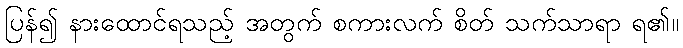
ပြန်၍ နားထောင်ရသည့် အတွက် စကားလက် စိတ် သက်သာရာ ရ၏။